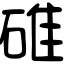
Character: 碓